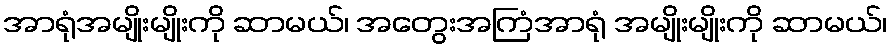
အာရုံအမျိုးမျိုးကို ဆာမယ်၊ အတွေးအကြံအာရုံ အမျိုးမျိုးကို ဆာမယ်၊